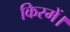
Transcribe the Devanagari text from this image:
किस्में।